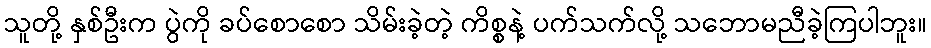
သူတို့ နှစ်ဦးက ပွဲကို ခပ်စောစော သိမ်းခဲ့တဲ့ ကိစ္စနဲ့ ပက်သက်လို့ သဘောမညီခဲ့ကြပါဘူး။